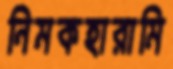
নিমকহারামি